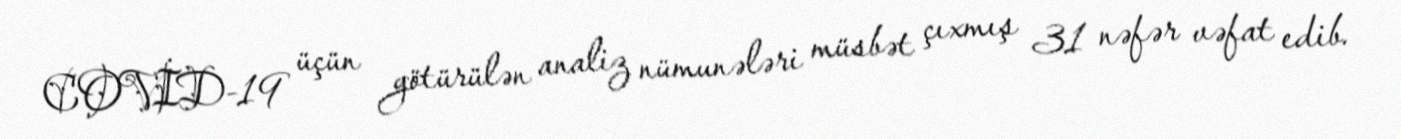
COVİD-19 üçün götürülən analiz nümunələri müsbət çıxmış 31 nəfər vəfat edib.